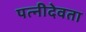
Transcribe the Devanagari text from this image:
पत्नीदेवता